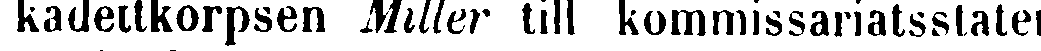
kadettkorpsen Miller till kommissariatsstaten